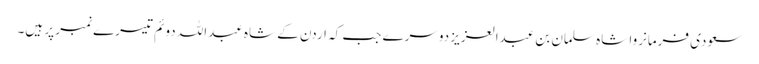
سعودی فرمانروا شاہ سلمان بن عبدالعزیز دوسرے جب کہ اردن کے شاہ عبداللہ دوئم تیسرے نمبر پر ہیں۔